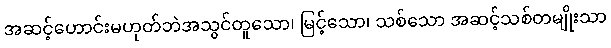
အဆင့်ဟောင်းမဟုတ်ဘဲအသွင်တူသော၊ မြင့်သော၊ သစ်သော အဆင့်သစ်တမျိုးသာ